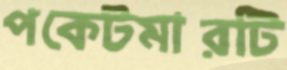
পকেটমারটি